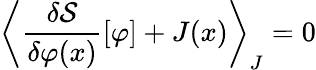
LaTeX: \left\langle{\frac{\delta{\mathcal{S}}}{\delta\varphi(x)}}[\varphi]+J(x)\right\rangle_{J}=0